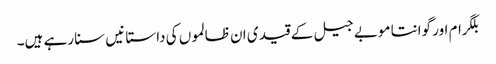
بلگرام اور گوانتا موبے جیل کے قید ی ان ظالموں کی داستا نیں سنا رہے ہیں۔